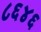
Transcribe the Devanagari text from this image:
८६४६